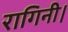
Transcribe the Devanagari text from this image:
रागिनी।